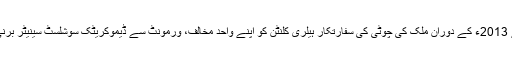
سروے سے پتا چلتا ہے کہ ڈیموکریٹک دوڑ میں سنہ 2009 سے 2013ء کے دوران ملک کی چوٹی کی سفارتکار ہیلری کلنٹن کو اپنے واحد مخالف، ورمونٹ سے ڈیموکریٹک سوشلسٹ سینیٹر برنی سینڈرز کو بالترتیب 55 اور 38 فی صد کی حمایت حاصل ہے۔